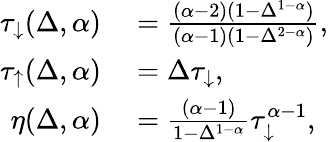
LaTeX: \begin{array}{rl}{\tau_{\downarrow}(\Delta,\alpha)}&{{}=\frac{(\alpha-2)(1-\Delta^{1-\alpha})}{(\alpha-1)(1-\Delta^{2-\alpha})},}\\ {\tau_{\uparrow}(\Delta,\alpha)}&{{}=\Delta\tau_{\downarrow},}\\ {\eta(\Delta,\alpha)}&{{}=\frac{(\alpha-1)}{1-\Delta^{1-\alpha}}\tau_{\downarrow}^{\alpha-1},}\end{array}